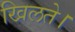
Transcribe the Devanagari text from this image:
खिलते।